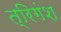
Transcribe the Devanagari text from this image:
त्रिगंश